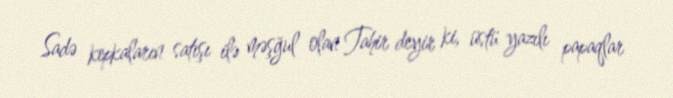
Sadə kepkaların satışı ilə məşğul olan Tahir deyir ki, üstü yazılı papaqlar